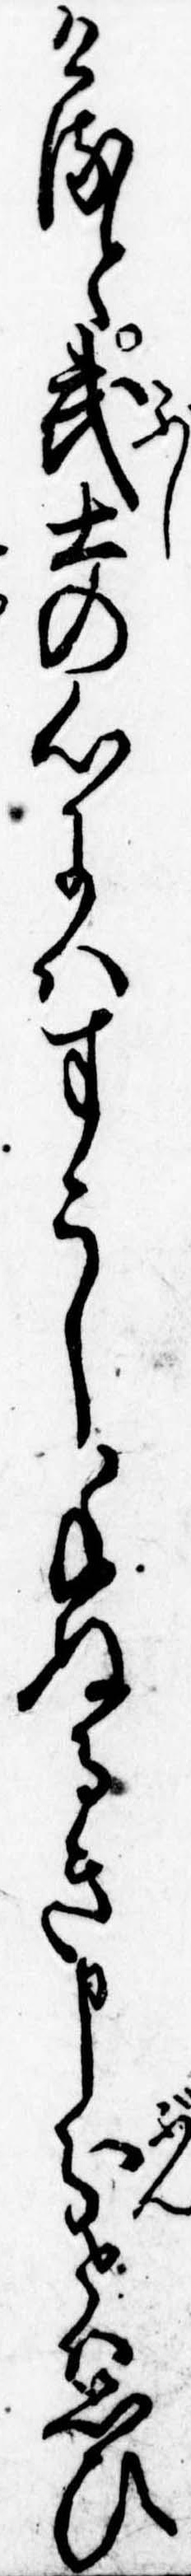
けると武士の心にはすこし手ぬるき申分とは思ひ